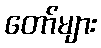
တော်များ